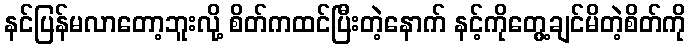
နင်ပြန်မလာတော့ဘူးလို့ စိတ်ကထင်ပြီးတဲ့နောက် နင့်ကိုတွေ့ချင်မိတဲ့စိတ်ကို